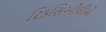
રિકસિઓલીએ